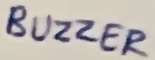
Text: BUZZER